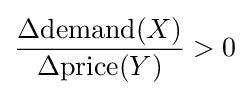
{\frac {\Delta {\text{demand}}(X)}{\Delta {\text{price}}(Y)}}>0